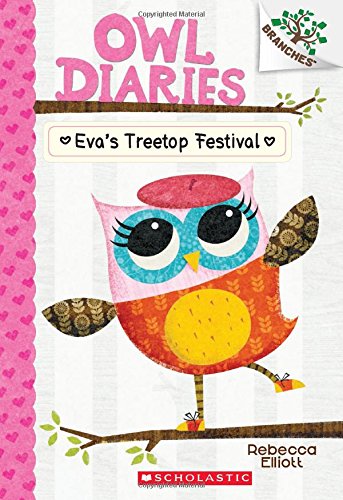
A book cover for Owl Diaries #1: Eva's Treetop Festival (A Branches Book); Rebecca Elliott; Children's Books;